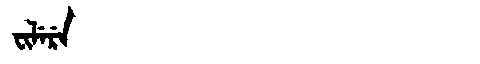
Manchu: ᠸᡳᠯᡝᡵᡝ
Romanization: FILERE